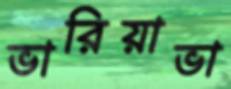
ভারিয়াভা